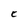
Character: C